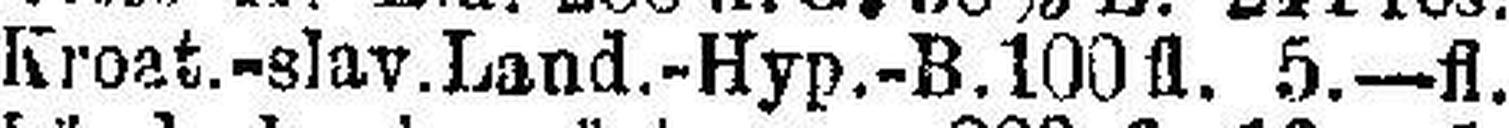
Kroat.-slav. Land.-Hyp.-B. 100fl. 5.—fl.